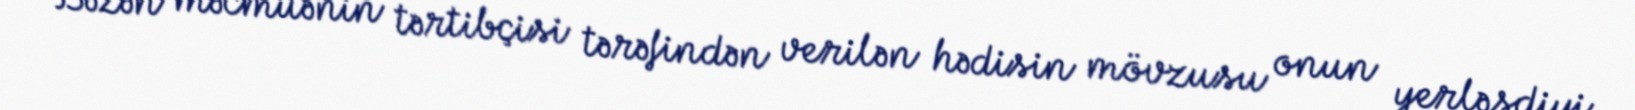
Bəzən məcmuənin tərtibçisi tərəfindən verilən hədisin mövzusu onun yerləşdiyi